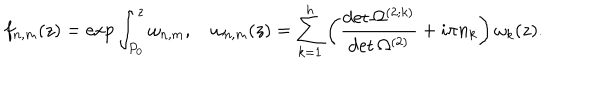
f _ { n , m } ( z ) = \exp \int _ { P _ { 0 } } ^ { z } \omega _ { n , m } , \quad \omega _ { n , m } ( z ) = \sum _ { k = 1 } ^ { h } \left( { \frac { \det \Omega ^ { ( 2 ; k ) } } { \det \Omega ^ { ( 2 ) } } } + i \pi n _ { k } \right) \omega _ { k } ( z ) .